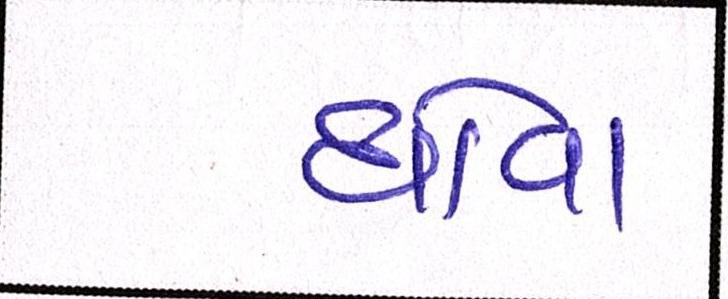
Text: ધોવા